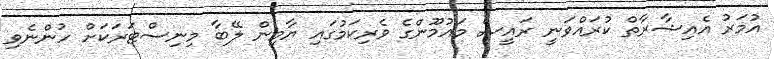
އުމަރު އެއިޝާރާތް ކުރައްވަނީ ރައީސް މައުމޫންގެ ވެރިކަމުގައި ޔާމިން ލޭބާ މިނިސްޓަރަކަށް ހުންނެވި